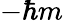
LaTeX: -\hbar m